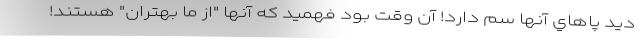
ديد پاهاي آنها سم دارد! آن وقت بود فهميد كه آنها "از ما بهتران" هستند!